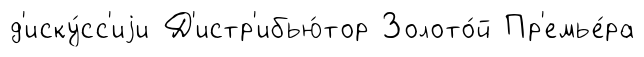
д'иску́сс'иjи Д'истр'ибью́тор Золото́й Пр'емье́ра